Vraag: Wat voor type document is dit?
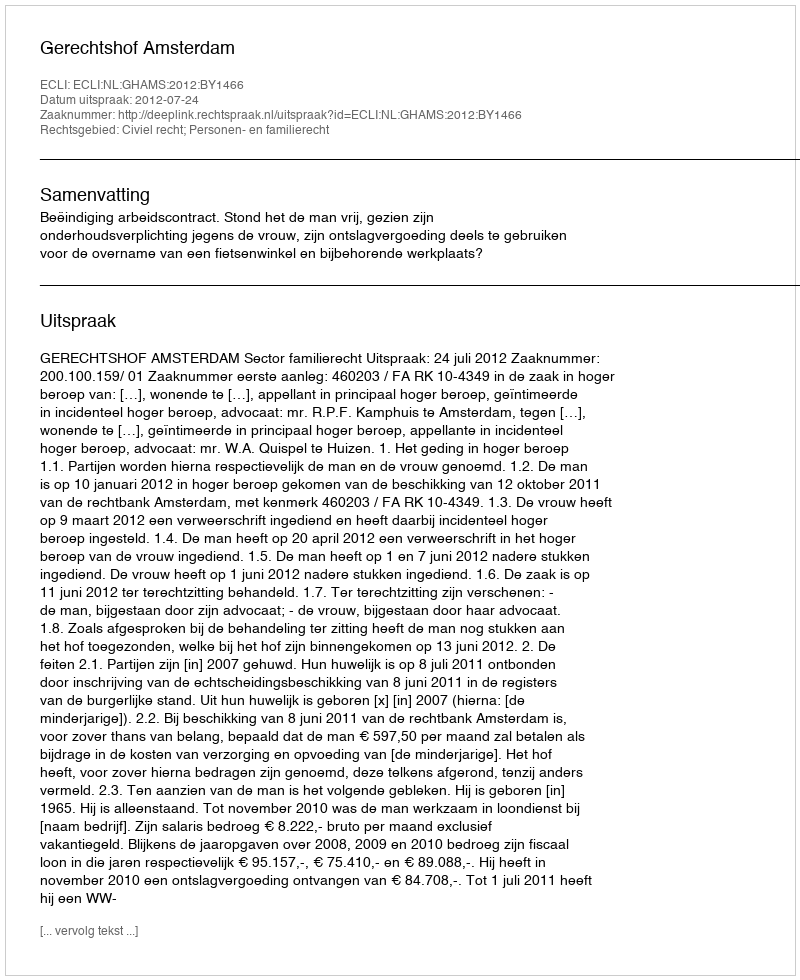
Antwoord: Uitspraak